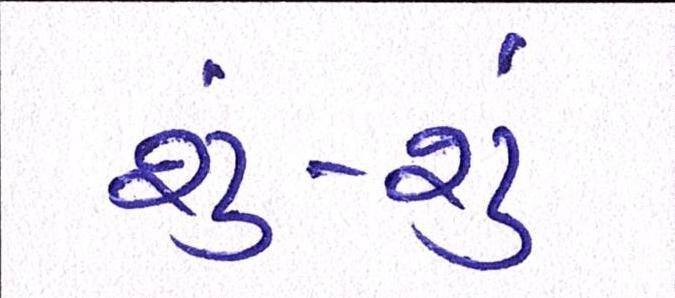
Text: શું-શું